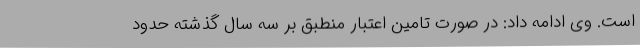
است. وی ادامه داد: در صورت تامین اعتبار منطبق بر سه سال گذشته حدود